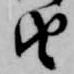
由